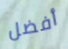
أفضل